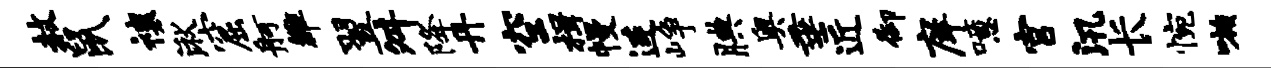
赦鼠禳湫窟舸雒翌舛降丹空楫幔连峥腆奥垂近御庠噫宫汛长惋嗾